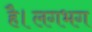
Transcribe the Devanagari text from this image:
है।लगभग